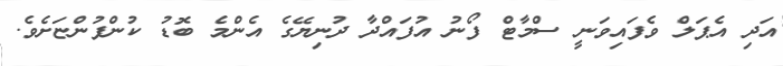
އަދި އެޕަލް ވެފައިވަނީ ސްމާޓް ފޯނު އުފައްދާ ދުނިޔޭގެ އެންމެ ބޮޑު ކުންފުންޏަށެވެ.